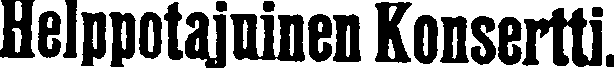
Helppotajuinen Konsertti.